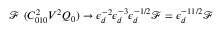
\mathcal { F } \ ( C _ { 0 1 0 } ^ { 2 } V ^ { 2 } Q _ { 0 } ) \rightarrow \epsilon _ { d } ^ { - 2 } \epsilon _ { d } ^ { - 3 } \epsilon _ { d } ^ { - 1 / 2 } \mathcal { F } = \epsilon _ { d } ^ { - 1 1 / 2 } \mathcal { F }